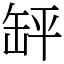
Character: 䍈